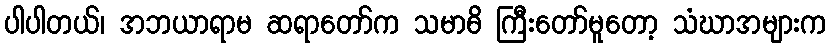
ပါပါတယ်၊ အဘယာရာမ ဆရာတော်က သမာဓိ ကြီးတော်မူတော့ သံဃာအများက